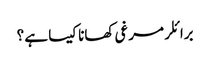
برائلر مرغی کھانا کیسا ہے ؟